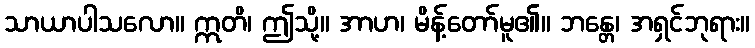
သာယာပါသလော။ ဣတိ၊ ဤသို့။ အာဟ၊ မိန့်တော်မူ၏။ ဘန္တေ၊ အရှင်ဘုရား။